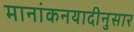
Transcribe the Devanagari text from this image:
मानांकनयादीनुसार